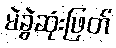
မဲခွဲဆုံးဖြတ်